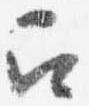
召